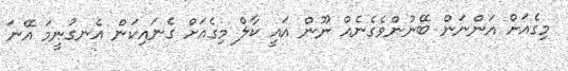
މިގެއަށް އަންނަން ބޭނުންވެގެނެއް ނޫން އައީ ކާލް މިގެއަށް ގެނައިކަން އެނގުނީމަ އޭނަ